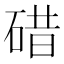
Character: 碏